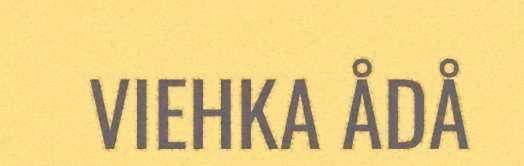
VIEHKA ÅDÅ